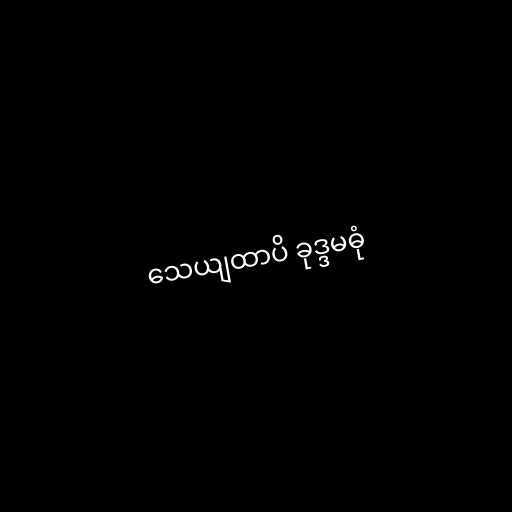
သေယျထာပိ ခုဒ္ဒမဓုံ